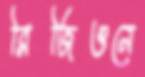
রিজিওনে